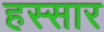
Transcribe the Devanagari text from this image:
हस्सार